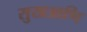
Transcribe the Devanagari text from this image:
सुखआणि